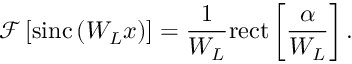
\mathcal { F } \left[ \mathrm { s i n c } \left( W _ { L } x \right) \right] = \frac { 1 } { W _ { L } } \mathrm { r e c t } \left[ \frac { \alpha } { W _ { L } } \right] .